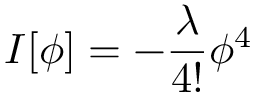
I [ \phi ] = - \frac { \lambda } { 4 ! } { \phi } ^ { 4 }